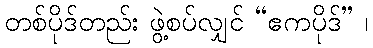
တစ်ပိုဒ်တည်း ဖွဲ့စပ်လျှင် “ဧကပိုဒ်” ၊